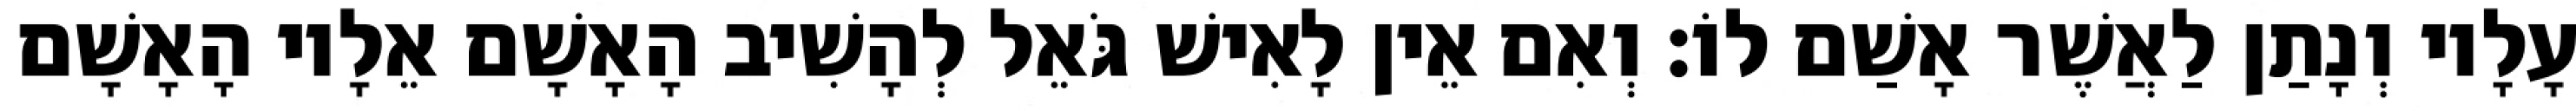
עָלָיו וְנָתַן לַאֲשֶׁר אָשַׁם לוֹ׃ וְאִם אֵין לָאִישׁ גֹּאֵל לְהָשִׁיב הָאָשָׁם אֵלָיו הָאָשָׁם